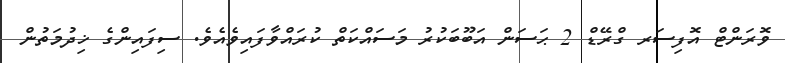
ވޮރަންޓް އޮފިސަރ ގްރޭޑް 2 ޙަސަން އަބޫބަކުރު މަސައްކަތް ކުރައްވާފައިވެއެވެ. ސިފައިންގެ ޚިދުމަތުން